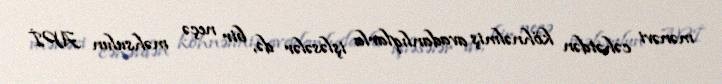
mənəvi cəhətdən köhnəlmiş avadanlıqlarla işləsələr də, bir neçə məhsulun APİ